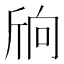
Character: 𣂝